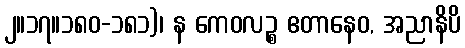
၂။၁၇။၁၈၀-၁၈၁)၊ န ကေဝလဉ္စ ဧတာနေဝ, အညာနိပိ